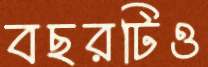
বছরটিও